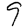
Digit: 9